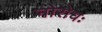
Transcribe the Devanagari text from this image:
नोरोधः